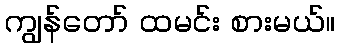
ကျွန်တော် ထမင်း စားမယ်။